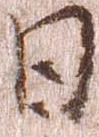
日